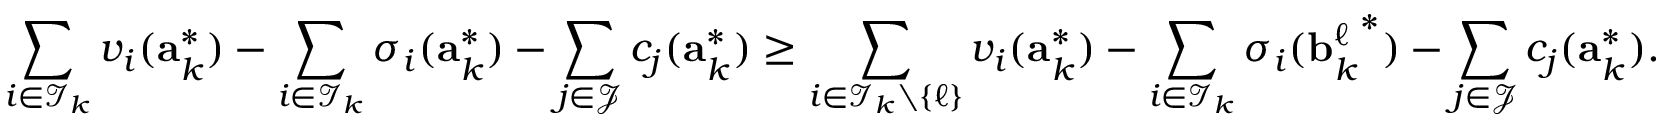
\sum _ { i \in \mathcal { I } _ { k } } v _ { i } ( \mathbf { a } _ { k } ^ { * } ) - \sum _ { i \in \mathcal { I } _ { k } } \sigma _ { i } ( \mathbf { a } _ { k } ^ { * } ) - \sum _ { j \in \mathcal { J } } c _ { j } ( \mathbf { a } _ { k } ^ { * } ) \geq \sum _ { i \in \mathcal { I } _ { k } \setminus \{ \ell \} } v _ { i } ( \mathbf { a } _ { k } ^ { * } ) - \sum _ { i \in \mathcal { I } _ { k } } \sigma _ { i } ( { \mathbf { b } _ { k } ^ { \ell } } ^ { * } ) - \sum _ { j \in \mathcal { J } } c _ { j } ( \mathbf { a } _ { k } ^ { * } ) .